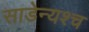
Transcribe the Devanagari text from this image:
साडेन्यश्च